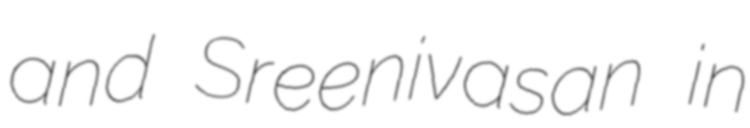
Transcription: and Sreenivasan in